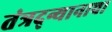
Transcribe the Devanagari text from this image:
तंत्रद्न्यानाचा